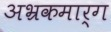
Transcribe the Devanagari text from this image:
अभ्रकमार्ग